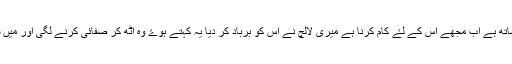
آج میری بیٹی ایک زندہ لاش کی طرح میرے ساتھ ہے اب مجھے اس کے لۓ کام کرنا ہے میری لالچ نے اس کو برباد کر دیا یہ کہتے ہوۓ وہ اٹھ کر صفائی کرنے لگی اور میں سوچتی رہ گئی کہ اس سب کا ذمہ دار کون ہے؟